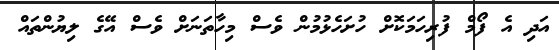
އަދި އެ ފޯމް ފުރިހަމަކޮށް ހުށަހެޅުމުން ވެސް މިހާތަނަށް ވެސް އޭގެ ލިޔުންތައް